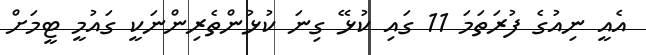
އެއީ ނިއުގެ ފުރަތަމަ 11 ގައި ކުޅޭ ގިނަ ކުޅުންތެރިންނަކީ ގައުމީ ޓީމަށް